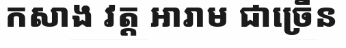
កសាង វត្ត អារាម ជាច្រើន